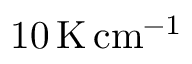
1 0 \, \mathrm { K \, c m ^ { - 1 } }